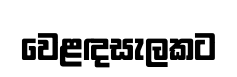
වෙළඳසැලකට